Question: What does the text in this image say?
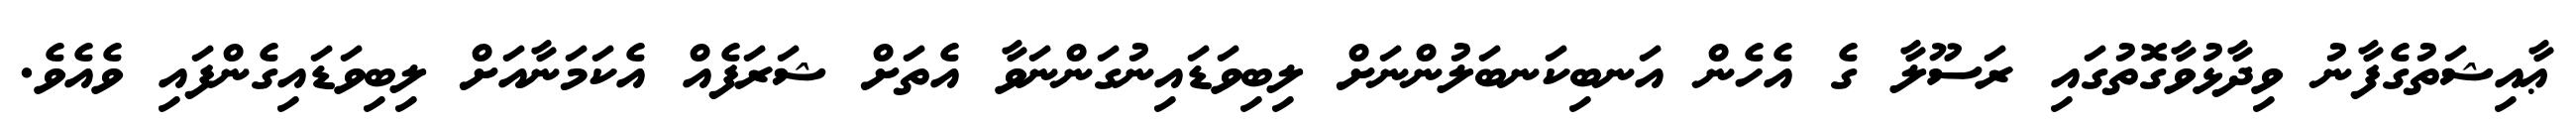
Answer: ޢާއިޝަތުގެފާނު ވިދާޅުވާގޮތުގައި ރަސޫލާ ގެ އެހެން އަނބިކަނބަލުންނަށް ލިބިވަޑައިނުގަންނަވާ އެތަށް ޝަރަފެއް އެކަމަނާއަށް ލިބިވަޑައިގެންފައި ވެއެވެ.